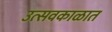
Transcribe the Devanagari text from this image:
उत्सवकाळात